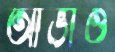
আভাও